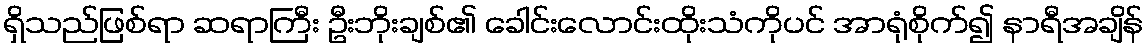
ရှိသည်ဖြစ်ရာ ဆရာကြီး ဦးဘိုးချစ်၏ ခေါင်းလောင်းထိုးသံကိုပင် အာရုံစိုက်၍ နာရီအချိန်